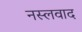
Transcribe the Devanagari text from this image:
नस्‍लवाद